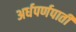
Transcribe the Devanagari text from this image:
अर्धपर्णपाती